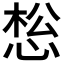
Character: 𰑩